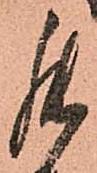
罷